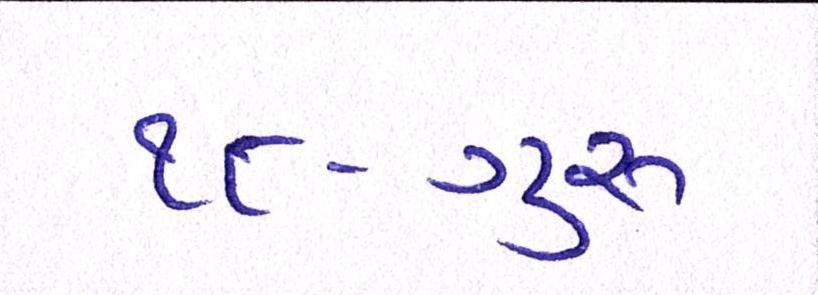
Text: ૧૮-ગુરૂ